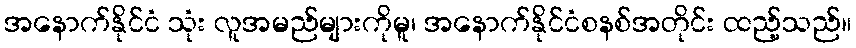
အနောက်နိုင်ငံ သုံး လူအမည်များကိုမူ၊ အနောက်နိုင်ငံစနစ်အတိုင်း ထည့်သည်။